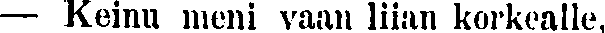
— Keinu meni vaan liian korkealle,